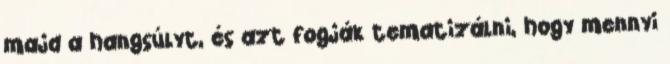
majd a hangsúlyt, és azt fogják tematizálni, hogy mennyi